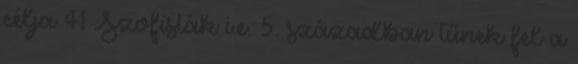
célja 41 Szofisták i.e. 5. században tűnek fel a